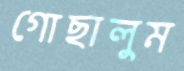
গোছালুম